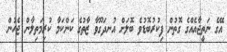
އޭގެ ނަތީޖާއެއްގެ ގޮތުން ފިކުރުބޮޑުވެ ބޮލަށް އުނދަގޫވާ ޒާތުގެ ކަންކަމާ ކުރިމަތިލާން ޖެހުން